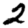
Digit: 2